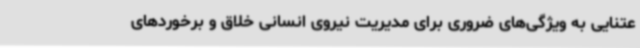
عتنایی به ویژگی‌های ضروری برای مدیریت نیروی انسانی خلاق و برخوردهای